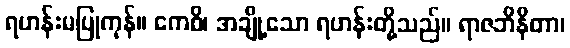
ရဟန်းမပြုကုန်။ ကေစိ၊ အချို့သော ရဟန်းတို့သည်။ ရာဇဘိနိတာ၊